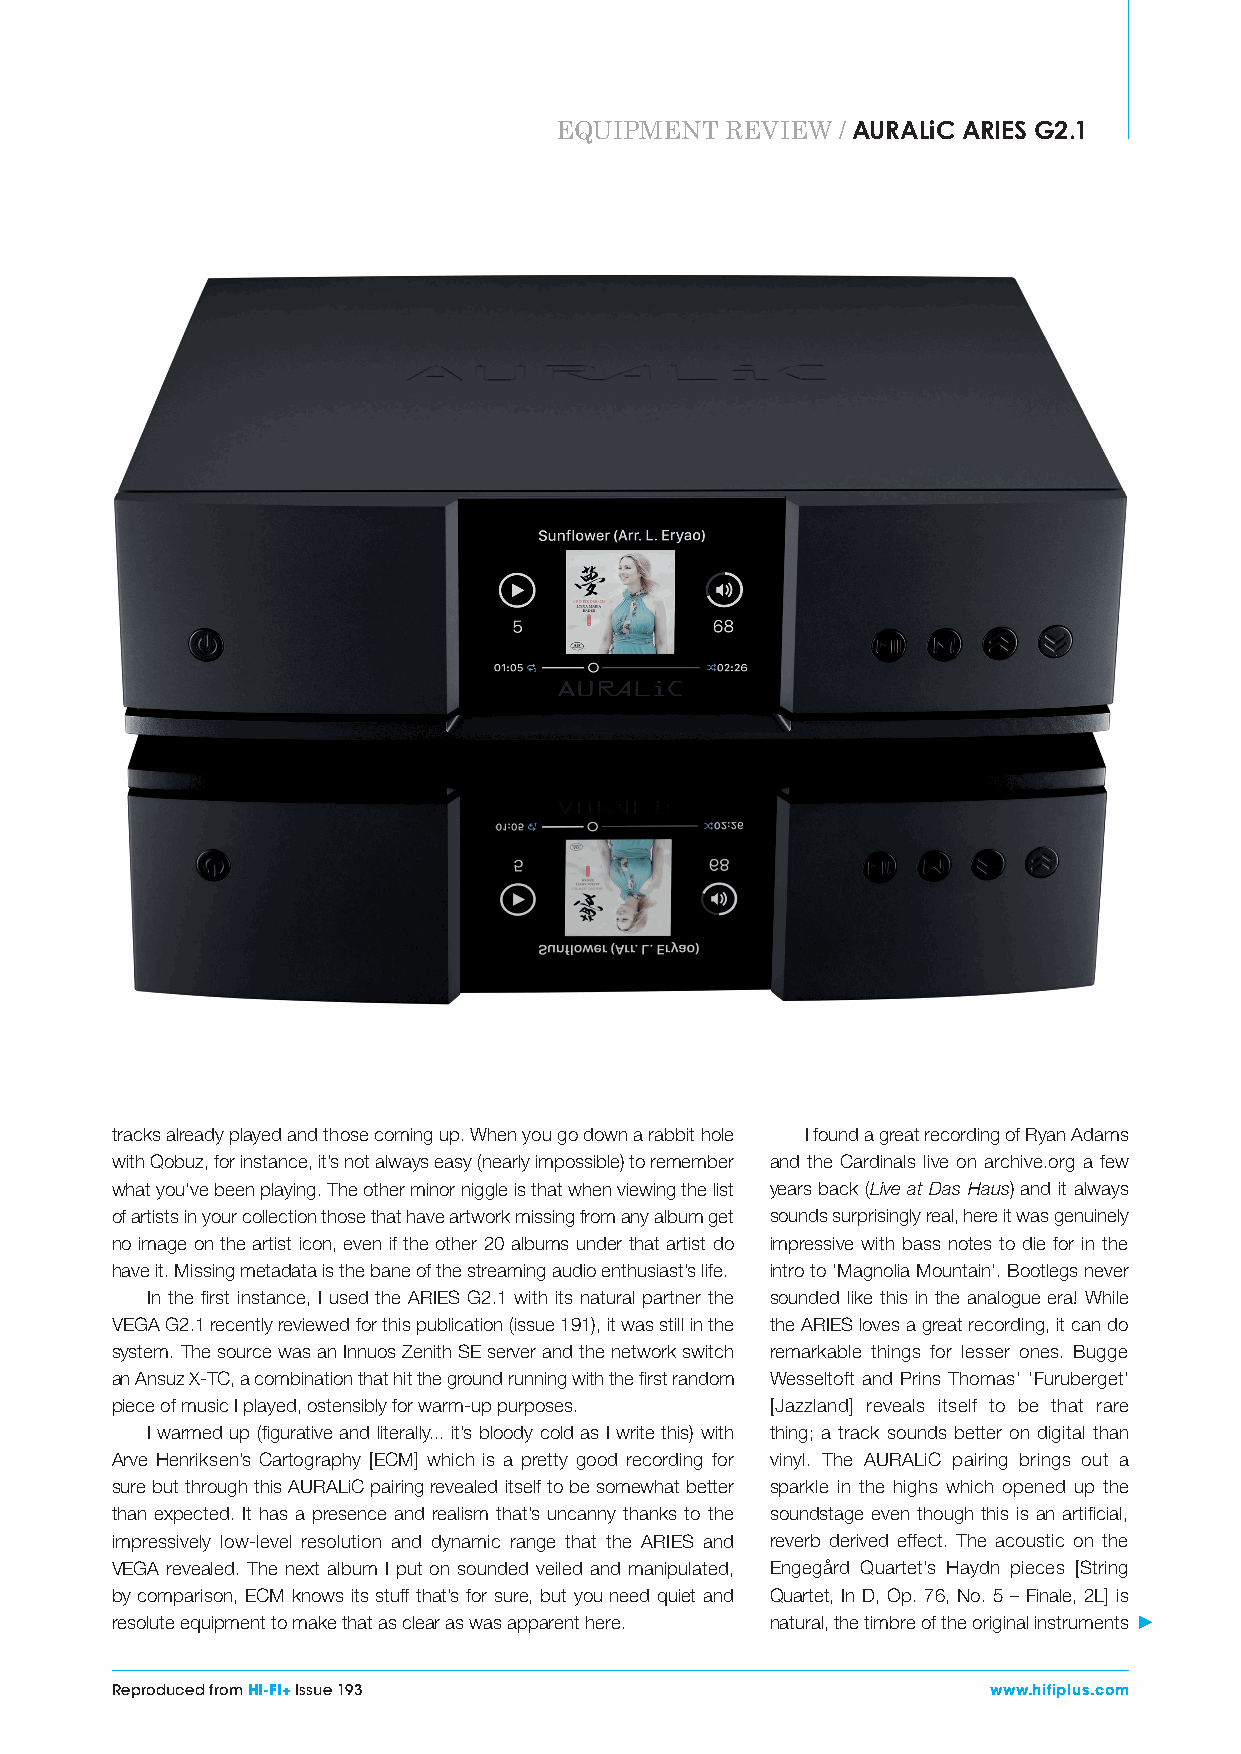
EQUIPMENT  REVIEW  / AURALiC ARIES G2.1
 tracks already played and those coming up. When you go down a rabbit hole I found a great recording of Ryan Adams
 with Qobuz, for instance, it’s not always easy (nearly impossible) to remember and the Cardinals live on archive.org a few
 what you’ve been playing. The other minor niggle is that when viewing the list years back (Live at Das Haus) and it always
 of artists in your collection those that have artwork missing from any album get sounds surprisingly real, here it was genuinely
 no image on the artist icon, even if the other 20 albums under that artist do impressive with bass notes to die for in the
 have it. Missing metadata is the bane of the streaming audio enthusiast’s life. intro to ‘Magnolia Mountain’. Bootlegs never
 In the first instance, I used the ARIES G2.1 with its natural partner the sounded like this in the analogue era! While
 VEGA G2.1 recently reviewed for this publication (issue 191), it was still in the the ARIES loves a great recording, it can do
 system. The source was an Innuos Zenith SE server and the network switch remarkable things for lesser ones. Bugge
 an Ansuz X-TC, a combination that hit the ground running with the first random Wesseltoft and Prins Thomas’ ‘Furuberget’
 piece of music I played, ostensibly for warm-up purposes. [Jazzland] reveals itself to be that rare
 I warmed up (figurative and literally... it’s bloody cold as I write this) with thing; a track sounds better on digital than
 Arve Henriksen’s Cartography [ECM] which is a pretty good recording for vinyl. The AURALiC pairing brings out a
 sure but through this AURALiC pairing revealed itself to be somewhat better sparkle in the highs which opened up the
 than expected. It has a presence and realism that’s uncanny thanks to the soundstage even though this is an artificial,
 impressively low-level resolution and dynamic range that the ARIES and reverb derived effect. The acoustic on the
 VEGA revealed. The next album I put on sounded veiled and manipulated, Engegård Quartet’s Haydn pieces [String
 by comparison, ECM knows its stuff that’s for sure, but you need quiet and Quartet, In D, Op. 76, No. 5 – Finale, 2L] is
 resolute equipment to make that as clear as was apparent here. natural, the timbre of the original instruments
 Reproduced from HI-FI+ Issue 193                           www.hifiplus.com